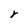
Character: r